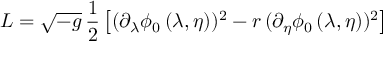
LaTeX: { \cal L } = \sqrt { - g } \, { \frac { 1 } { 2 } } \left[ ( \partial _ { \lambda } \phi _ { 0 } \, ( \lambda , \eta ) ) ^ { 2 } - r \, ( \partial _ { \eta } \phi _ { 0 } \, ( \lambda , \eta ) ) ^ { 2 } \right]